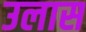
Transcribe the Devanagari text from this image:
उलास